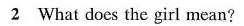
2 What does the girl mean?